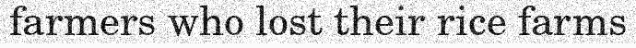
farmers who lost their rice farms